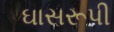
ઘાસરૂપી